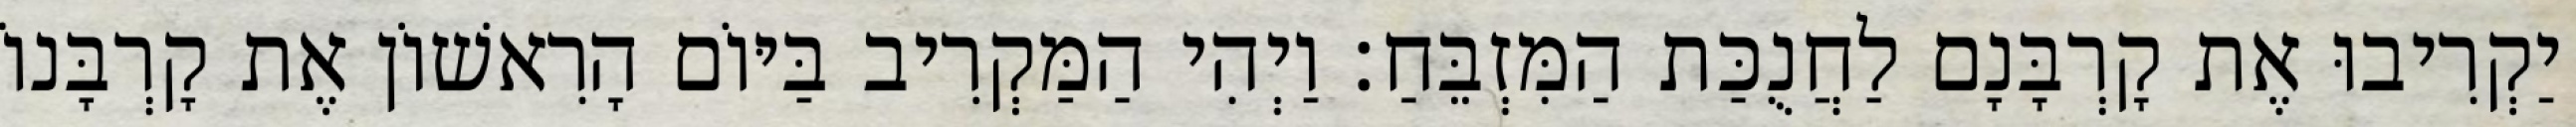
יַקְרִיבוּ אֶת קָרְבָּנָם לַחֲנֻכַּת הַמִּזְבֵּחַ׃ וַיְהִי הַמַּקְרִיב בַּיּוֹם הָרִאשׁוֹן אֶת קָרְבָּנוֹ